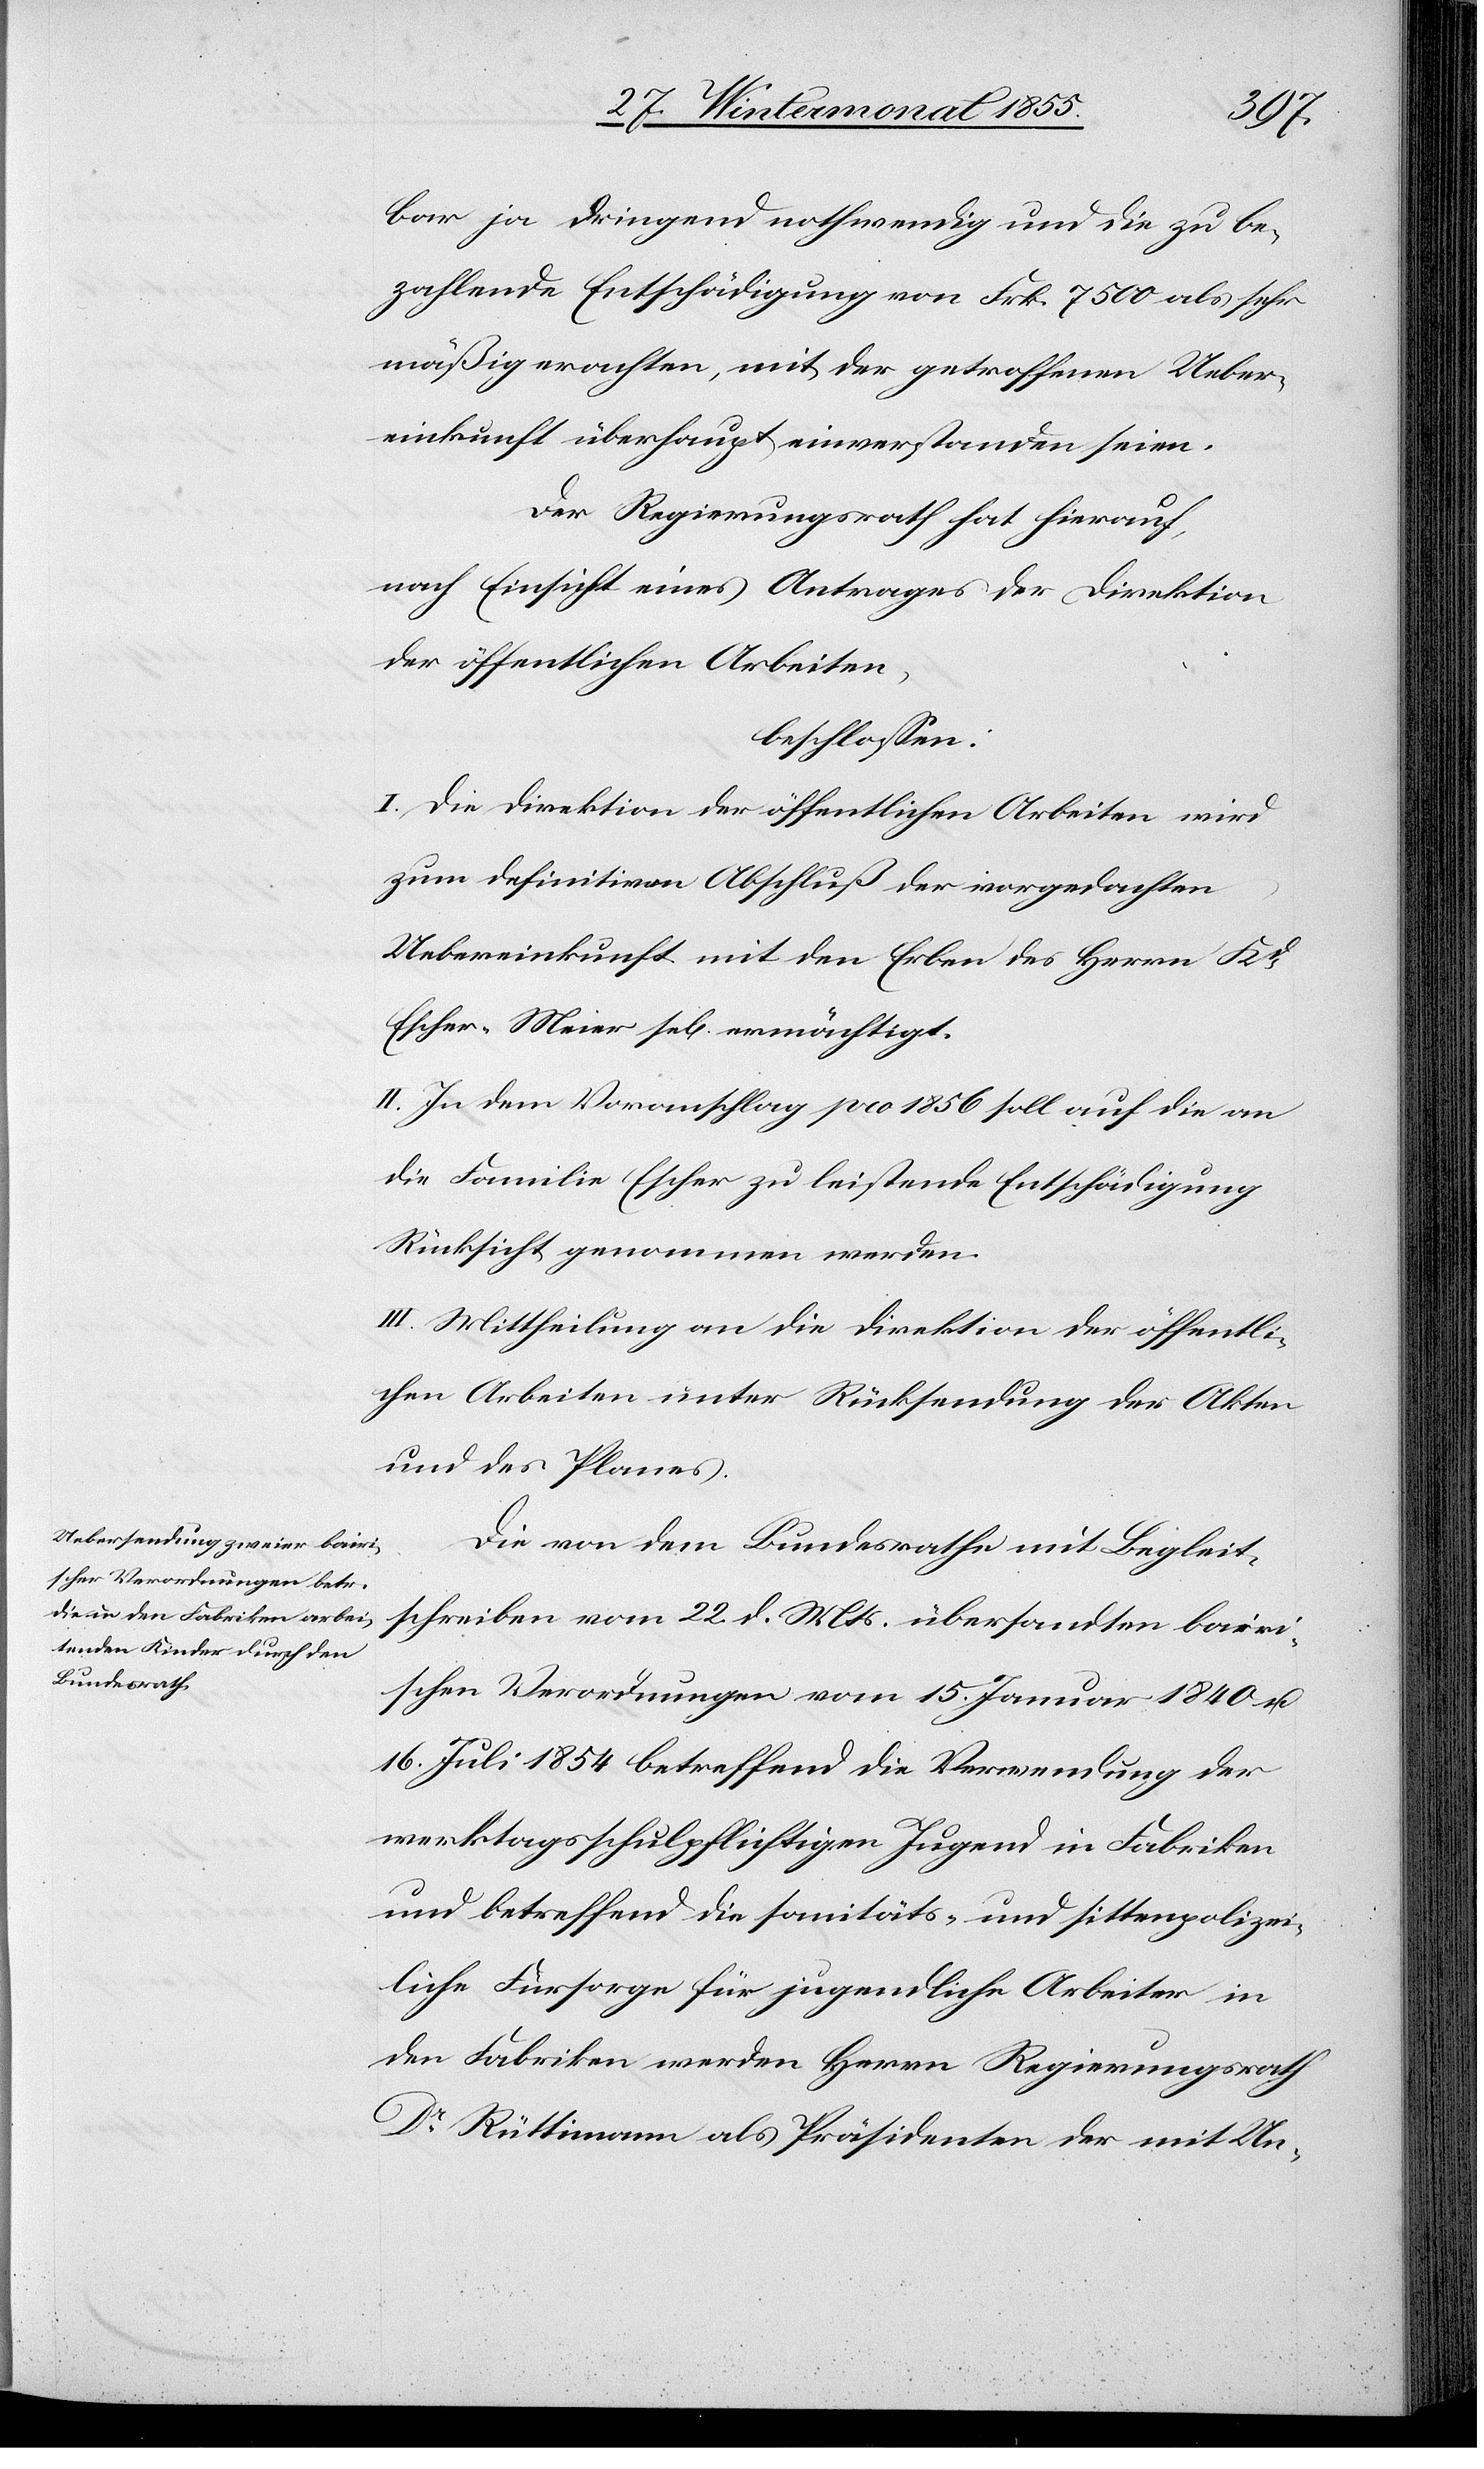
bar ja dringend nothwendig und die zu be¬
zahlende Entschädigung von Frk. 7500 als sehr
mäßig erachten, mit der getroffenen Ueber¬
einkunft überhaupt einverstanden seien.
Der Regierungsrath hat hierauf,
nach Einsicht eines Antrages der Direktion
der öffentlichen Arbeiten,
beschlossen:
I. Die Direktion der öffentlichen Arbeiten wird
zum definitiven Abschluß der vorgedachten
Uebereinkunft mit den Erben des Herrn Kd.
Escher-Meier sel[ig] ermächtigt.
II. In dem Voranschlag pro 1856 soll auf die an
die Familie Escher zu leistende Entschädigung
Rücksicht genommen werden.
III. Mittheilung an die Direktion der öffentli¬
chen Arbeiten unter Rücksendung der Akten
und des Planes.
Die von dem Bundesrathe mit Begleit¬
schreiben vom 22. d. Mts. übersandten bairi¬
schen Verordnungen vom 15. Januar 1840 u.
16. Juli 1854 betreffend die Verwendung der
werktagsschulpflichtigen Jugend in Fabriken
und betreffend die sanitäts- und sittenpolizei¬
liche Fürsorge für jugendliche Arbeiter in
den Fabriken werden Herrn Regierungsrath
Dr Rüttimann als Präsidenten der mit Un-